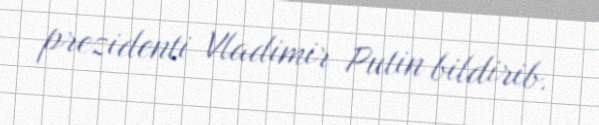
prezidenti Vladimir Putin bildirib.